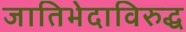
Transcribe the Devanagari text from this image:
जातिभेदाविरुद्ध